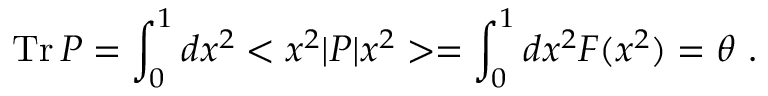
\mathrm { T r } \, P = \int _ { 0 } ^ { 1 } d x ^ { 2 } < x ^ { 2 } | P | x ^ { 2 } > = \int _ { 0 } ^ { 1 } d x ^ { 2 } F ( x ^ { 2 } ) = \theta \, \, .